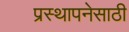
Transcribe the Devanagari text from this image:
प्रस्थापनेसाठी